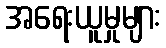
အရေးယူမှုများ